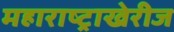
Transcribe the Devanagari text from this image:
महाराष्ट्राखेरीज